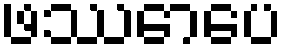
ဖဿောပေ